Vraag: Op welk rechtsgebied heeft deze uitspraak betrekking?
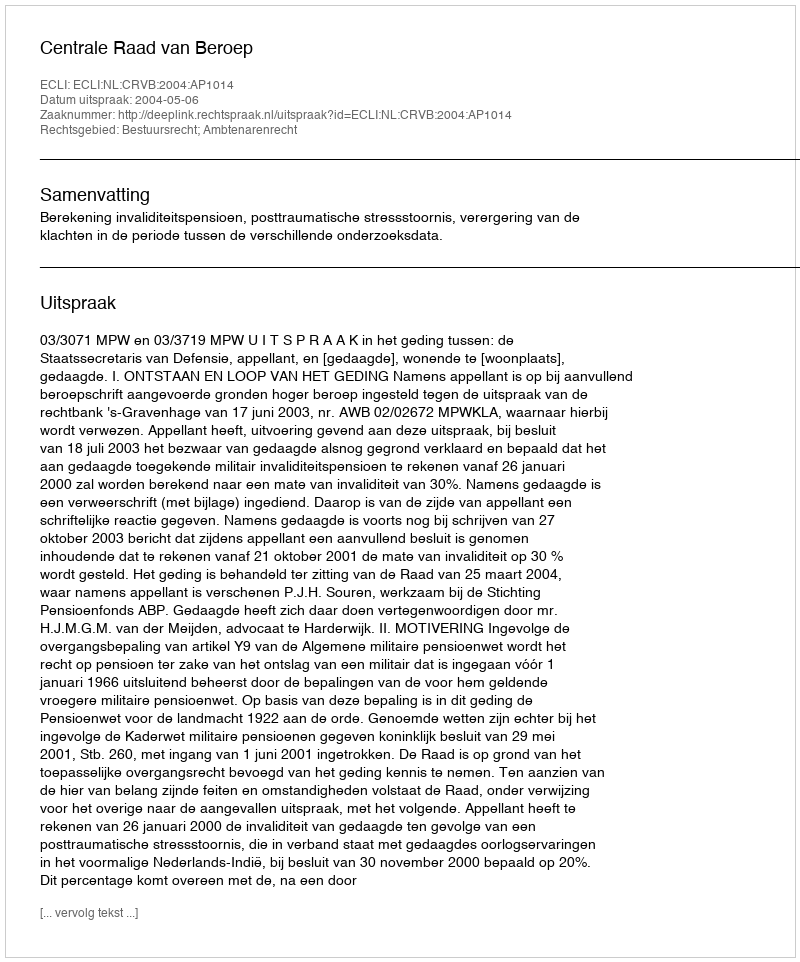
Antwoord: Bestuursrecht; Ambtenarenrecht